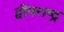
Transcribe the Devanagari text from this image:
द्वीपराष्ट्र